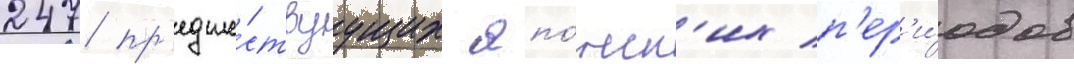
247 пр'едше́ствуущих япо́нск'их п'ер'и́одов